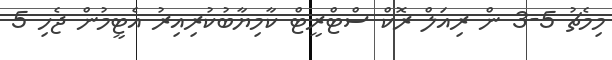
މިމެޗު 5-3 ން ރިއަލް ރޮކް ސްޓްރީޓް ކާމިޔާބުކުރިއިރު އެޓީމުން ޖެހި 5